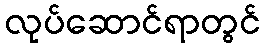
လုပ်ဆောင်ရာတွင်